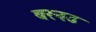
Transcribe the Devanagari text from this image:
बरनउ